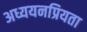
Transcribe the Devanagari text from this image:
अध्ययनप्रियता